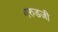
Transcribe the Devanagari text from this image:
गरुडजी